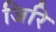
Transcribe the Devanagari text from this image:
जिरि